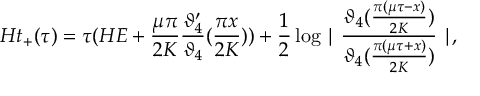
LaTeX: H t _ { + } ( \tau ) = \tau ( H E + \frac { \mu \pi } { 2 K } \frac { \vartheta _ { 4 } ^ { \prime } } { \vartheta _ { 4 } } ( \frac { \pi x } { 2 K } ) ) + \frac { 1 } { 2 } \log \mid \frac { \vartheta _ { 4 } ( \frac { \pi ( \mu \tau - x ) } { 2 K } ) } { \vartheta _ { 4 } ( \frac { \pi ( \mu \tau + x ) } { 2 K } ) } \mid ,